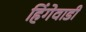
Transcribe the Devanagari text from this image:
हिंगेवाडी